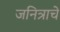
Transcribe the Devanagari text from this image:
जनित्राचे